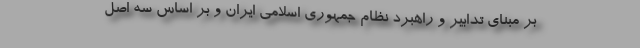
بر مبنای تدابیر و راهبرد نظام جمهوری اسلامی ایران و بر اساس سه اصل